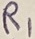
Text: R1